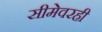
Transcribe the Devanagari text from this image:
सीमेवरही